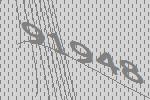
91948